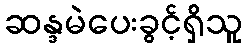
ဆန္ဒမဲပေးခွင့်ရှိသူ